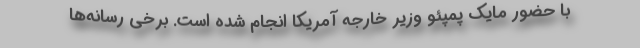
با حضور مایک پمپئو وزیر خارجه آمریکا انجام شده است. برخی رسانه‌ها